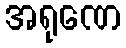
အရုဏေ